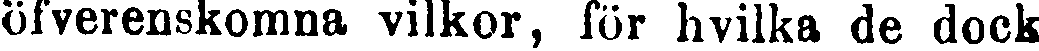
öfverenskomna vilkor, för hvilka de dock